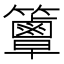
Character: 𥷦